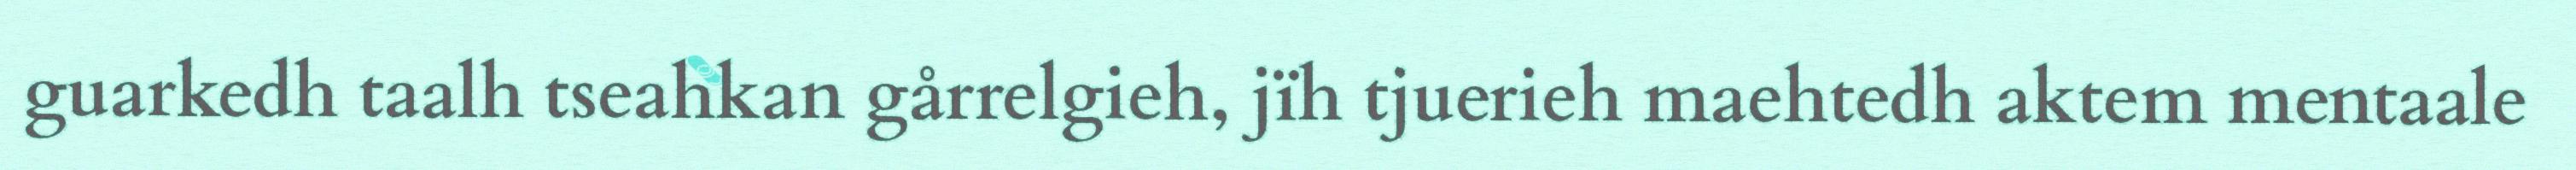
guarkedh taalh tseahkan gårrelgieh, jïh tjuerieh maehtedh aktem mentaale